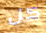
كل